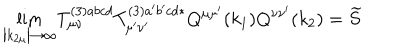
{ \lim _ { \left| k _ { 2 \mu } \right| \rightarrow \infty } } T _ { \mu \nu } ^ { ( 3 ) a b c d } T _ { \mu ^ { \prime } \nu ^ { \prime } } ^ { ( 3 ) a ^ { \prime } b ^ { \prime } c d * } Q ^ { \mu \mu ^ { \prime } } ( k _ { 1 } ) Q ^ { \nu \nu ^ { \prime } } ( k _ { 2 } ) = \widetilde { S }